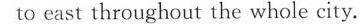
to east throughout the whole city.